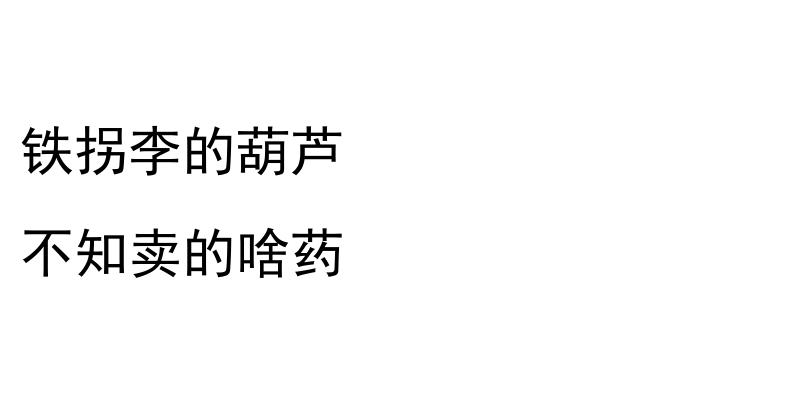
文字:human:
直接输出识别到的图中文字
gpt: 铁拐李的葫芦 不知卖的啥药